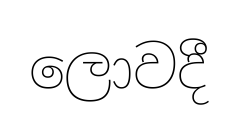
ලොවදී